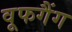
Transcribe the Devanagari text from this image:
वूफगैंग